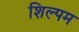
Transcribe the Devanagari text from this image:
शिल्पम